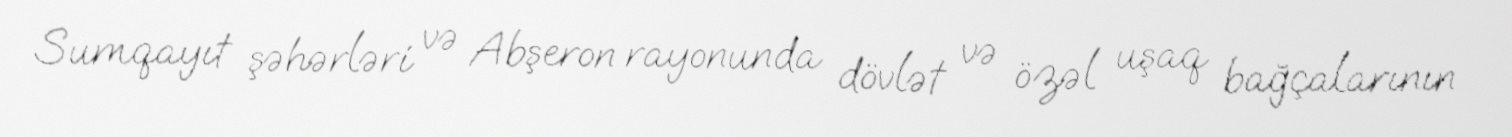
Sumqayıt şəhərləri və Abşeron rayonunda dövlət və özəl uşaq bağçalarının